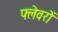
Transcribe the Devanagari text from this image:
फ्लेवरों